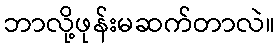
ဘာလို့ဖုန်းမဆက်တာလဲ။